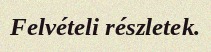
Felvételi részletek.